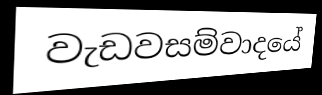
වැඩවසම්වාදයේ